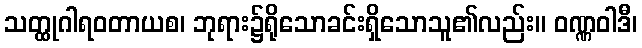
သတ္ထုဂါရဝတာယစ၊ ဘုရား၌ရိုသောခင်းရှိသောသူ၏လည်း။ ဝဏ္ဏဝါဒီ၊